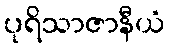
ပုရိသာဇာနီယံ